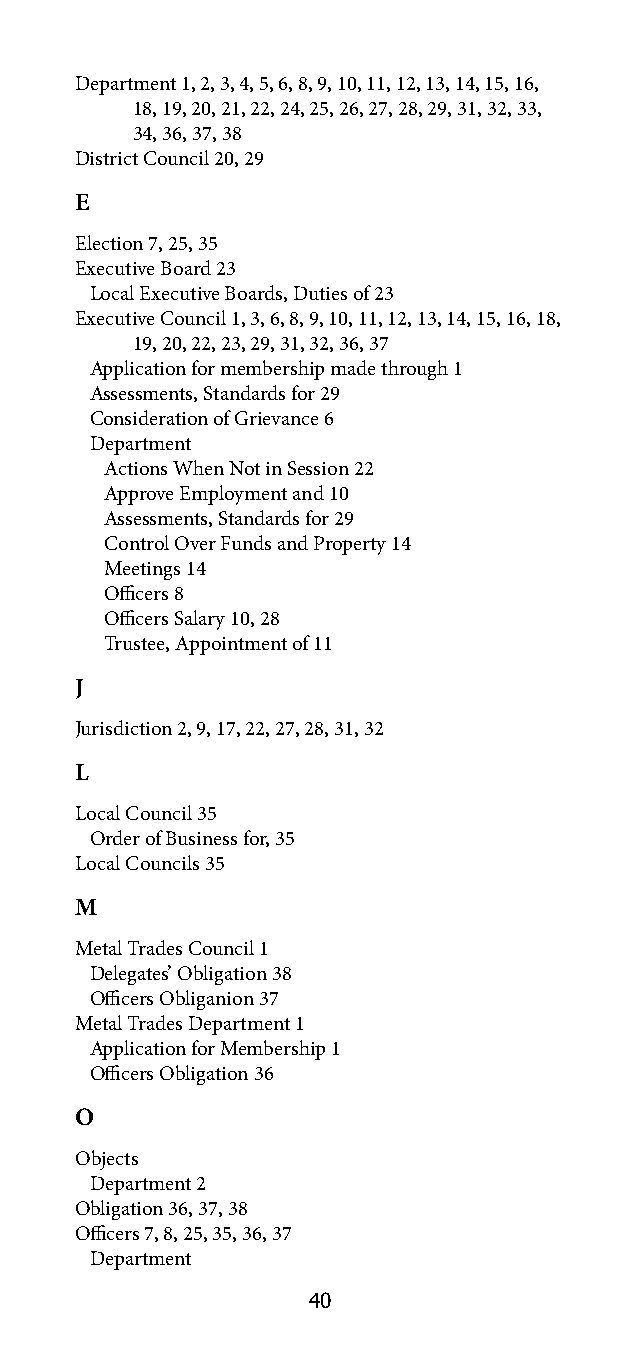
Department 1, 2, 3, 4, 5, 6, 8, 9, 10, 11, 12, 13, 14, 15, 16,
 18, 19, 20, 21, 22, 24, 25, 26, 27, 28, 29, 31, 32, 33,
 34, 36, 37, 38
 District Council 20, 29
 E
 Election 7, 25, 35
 Executive Board 23
 Local Executive Boards, Duties of 23
 Executive Council 1, 3, 6, 8, 9, 10, 11, 12, 13, 14, 15, 16, 18,
 19, 20, 22, 23, 29, 31, 32, 36, 37
 Application for membership made through 1
 Assessments, Standards for 29
 Consideration of Grievance 6
 Department
 Actions When Not in Session 22
 Approve Employment and 10
 Assessments, Standards for 29
 Control Over Funds and Property 14
 Meetings 14
 Officers 8
 Officers Salary 10, 28
 Trustee, Appointment of 11
 J
 Jurisdiction 2, 9, 17, 22, 27, 28, 31, 32
 L
 Local Council 35
 Order of Business for, 35
 Local Councils 35
 M
 Metal Trades Council 1
 Delegates’ Obligation 38
 Officers Obliganion 37
 Metal Trades Department 1
 Application for Membership 1
 Officers Obligation 36
 O
 Objects
 Department 2
 Obligation 36, 37, 38
 Officers 7, 8, 25, 35, 36, 37
 Department
 40